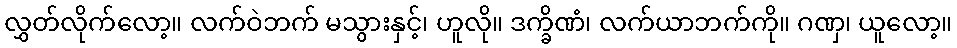
လွှတ်လိုက်လော့။ လက်ဝဲဘက် မသွားနှင့်၊ ဟူလို။ ဒက္ခိဏံ၊ လက်ယာဘက်ကို။ ဂဏှ၊ ယူလော့။